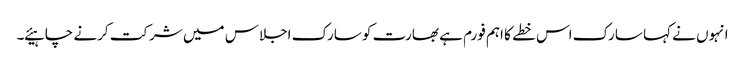
انہوں نے کہا سارک اس خطے کا اہم فورم ہے بھارت کو سارک اجلاس میں شرکت کرنے چاہیئے ۔